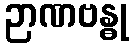
ဉာဏဗန္ဓု